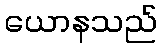
ယောနသည်